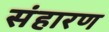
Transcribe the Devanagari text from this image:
संहारण